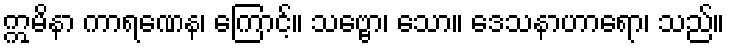
ဣမိနာ ကာရဏေန၊ ကြောင့်။ သဗ္ဗော၊ သော။ ဒေသနာဟာရော၊ သည်။